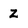
Character: z